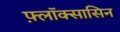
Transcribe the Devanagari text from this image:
फ़्लॉक्सासिन